Indian journal of veterinary science and animal husbandry - Volumes 15-17, 1948-1951
Year: 1948
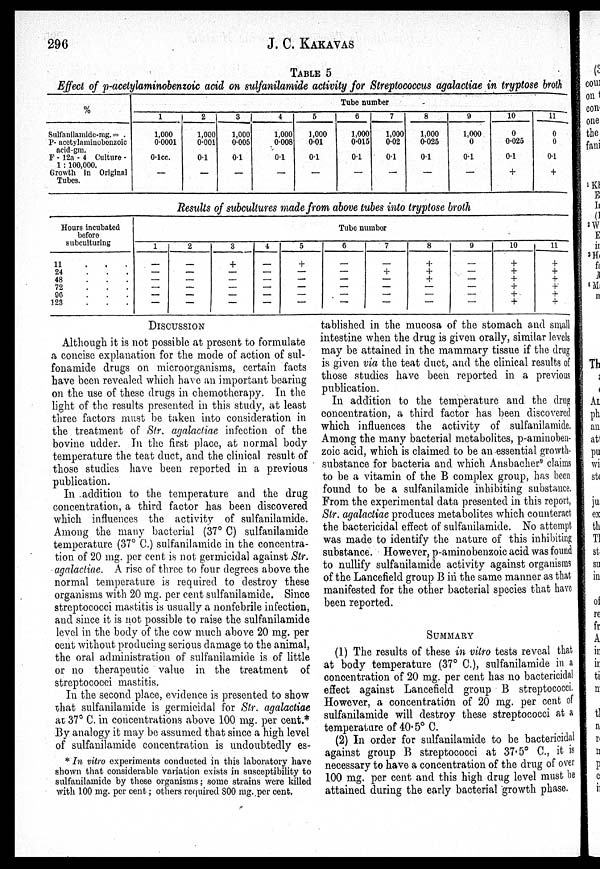
296
J. C. KAKAVAS
TABLE 5
Effect of p-acetylaminobenzoic acid on sulfanilamide activity for Streptococcus agalactiae in tryptose broth
%
Sulfanilamide-mg. = .
P- acetylaminobouzoic
acid-gm.
F - 12a - 4 Culture -
1 : 100,000.
Growth in Original
Tubes.
Tube number
1
1,000
0.0001
0.1cc.
—
2
1,000
0.001
0.1
–
3
1,000
0.005
0.1
—
4
1,000
0.008
0.1
—
5
1,000
0.01
0.1
—
6
1,000
0.015
0.1
—
7
1,000
0.02
0.1
—
8
1,000
0.025
0.1
—
9
1,000
0
0.1
—
10
0
0.025
0.1
+
11
0
0
0.1
+
Results of subcultures made from above tubes into tryptose broth
Hours incubated
before
subculturing
11 . . .
24 . . .
48 . . .
72 . . .
96 . . .
123 . . .
Tube number
1
—
—
—
—
—
—
2
—
—
—
—
—
—
3
+
—
—
—
—
—
4
—
—
—
—
—
—
5
+
—
—
—
—
—
6
—
—
—
—
—
—
7
—
+
—
—
—
—
8
+
+
+
—
—
—
9
—
—
—
—
—
—
10
+
+
+
+
+
+
11
+
+
+
+
+
+
DISCUSSION
Although it is not possible at present to formulate
a concise explanation for the mode of action of sul-
fonamide drugs on microorganisms, certain facts
have been revealed which have an important bearing
on the use of these drugs in chemotherapy. In the
light of the results presented in this study, at least
three factors must be taken into consideration in
the treatment of Str. agalactiae infection of the
bovine udder. In the first place, at normal body
temperature the teat duct, and the clinical result of
those studies have been reported in a previous
publication.
In addition to the temperature and the drug
concentration, a third factor has been discovered
which influences the activity of sulfanilamide.
Among the many bacterial (37° C) sulfanilamide
temperature (37° C.) sulfanilamide in the concentra-
tion of 20 mg. per cent is not germicidal against Str.
agalactiae. A rise of three to four degrees above the
normal temperature is required to destroy these
organisms with 20 mg. per cent sulfanilamide. Since
streptococci mastitis is usually a nonfebrile infection,
and since it is not possible to raise the sulfanilamide
level in the body of the cow much above 20 mg. per
cent without producing serious damage to the animal,
the oral administration of sulfanilamide is of little
or no therapeutic value in the treatment of
streptococci mastitis.
In the second place, evidence is presented to show
that sulfanilamide is germicidal for Str. agalactiae
at 37° C. in concentrations above 100 mg. per cent.*
By analogy it may be assumed that since a high level
of sulfanilamide concentration is undoubtedly es-
tablished in the mucosa of the stomach and small
intestine when the drug is given orally, similar levels
may be attained in the mammary tissue if the drug
is given via the teat duct, and the clinical results of
those studies have been reported in a previous
publication.
In addition to the temperature and the drug
concentration, a third factor has been discovered
which influences the activity of sulfanilamide.
Among the many bacterial metabolites, p-aminoben-
zoic acid, which is claimed to be an essential growth-
substance for bacteria and which Ansbacher9 claims
to be a vitamin of the B complex group, has been
found to be a sulfanilamide inhibiting substance.
From the experimental data presented in this report,
Str. agalactiae produces metabolites which counteract
the bactericidal effect of sulfanilamide. No attempt
was made to identify the nature of this inhibiting
substance. However, p-aminobenzoic acid was found
to nullify sulfanilamide activity against organisms
of the Lancefield group B in the same manner as that
manifested for the other bacterial species that have
been reported.
SUMMARY
(1) The results of these in vitro tests reveal that
at body temperature (37° C.), sulfanilamide in a
concentration of 20 mg. per cent has no bactericidal
effect against Lancefield group B streptococci.
However, a concentration of 20 mg. per cent of
sulfanilamide will destroy these streptococci at a
temperature of 40.5° C.
(2) In order for sulfanilamide to be bactericidal
against group B streptococci at 37.5° C., it is
necessary to have a concentration of the drug of over
100 mg. per cent and this high drug level must be
attained during the early bacterial growth phase.
* In vitro experiments conducted in this laboratory have
shown that considerable variation exists in susceptibility to
sulfanilamide by these organisms ; some strains were killed
with 100 mg. per cent ; others required 800 mg. per cent.